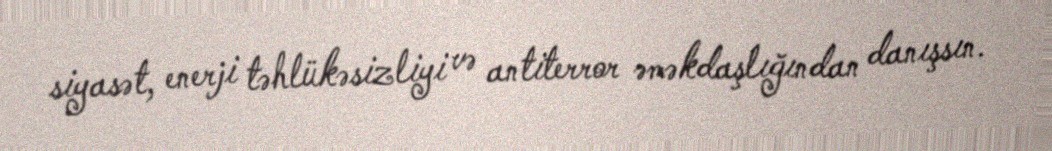
siyasət, enerji təhlükəsizliyi və antiterror əməkdaşlığından danışsın.